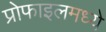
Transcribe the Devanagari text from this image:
प्रोफाइलमध्ये